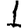
Digit: 1